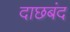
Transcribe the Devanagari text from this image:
दाछबंद